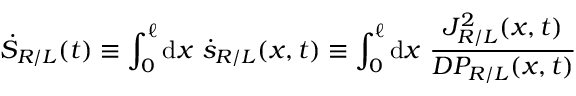
\dot { S } _ { R / L } ( t ) \equiv \int _ { 0 } ^ { \ell } \mathrm { d } x ~ \dot { s } _ { R / L } ( x , t ) \equiv \int _ { 0 } ^ { \ell } \mathrm { d } x ~ \frac { J _ { R / L } ^ { 2 } ( x , t ) } { D P _ { R / L } ( x , t ) }